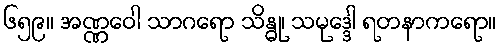
၆၅၉။ အဏ္ဏဝေါ သာဂရော သိန္ဓု၊ သမုဒ္ဒေါ ရတနာကရော။